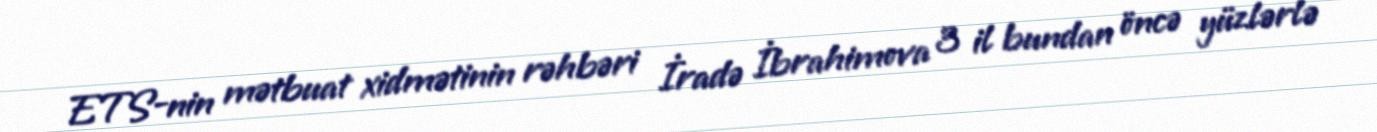
ETS-nin mətbuat xidmətinin rəhbəri İradə İbrahimova 3 il bundan öncə yüzlərlə